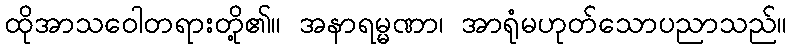
ထိုအာသဝေါတရားတို့၏။ အနာရမ္မဏာ၊ အာရုံမဟုတ်သောပညာသည်။